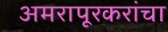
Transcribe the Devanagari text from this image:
अमरापूरकरांचा